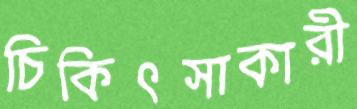
চিকিৎসাকারী